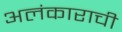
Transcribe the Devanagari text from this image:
अलंकाराची